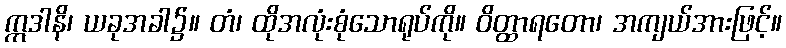
ဣဒါနိ၊ ယခုအခါ၌။ တံ၊ ထိုအလုံးစုံသောရုပ်ကို။ ဝိတ္ထာရတော၊ အကျယ်အားဖြင့်။